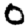
Digit: 0